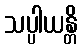
သပ္ပါယန္တိ